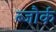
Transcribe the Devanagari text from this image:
ब्जौर्क